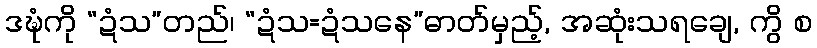
ဒဍ္ဎံကို “ဍံသ”တည်၊ “ဍံသ=ဍံသနေ”ဓာတ်မှည့်, အဆုံးသရချေ, ကွိ စ